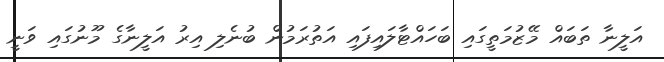
އަލީނާ ތަބައް މޭޒުމަތީގައި ބަހައްޓާލައިފައި އަތުރަމުން ބުނެލި އިރު އަލީނާގެ މޫނުގައި ވަނީ